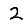
Digit: 2